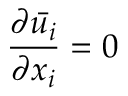
{ \frac { \partial { \bar { u _ { i } } } } { \partial x _ { i } } } = 0